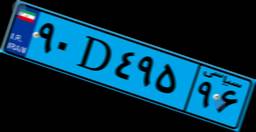
۹۰D۴۹۵۹۶